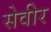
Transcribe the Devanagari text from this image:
सेवीर